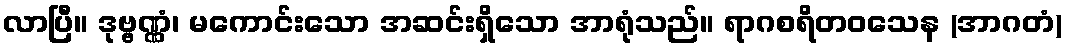
လာပြီ။ ဒုဗ္ဗဏ္ဏံ၊ မကောင်းသော အဆင်းရှိသော အာရုံသည်။ ရာဂစရိတဝသေန (အာဂတံ)